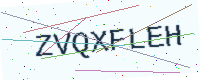
Text: ZVQXFLEH